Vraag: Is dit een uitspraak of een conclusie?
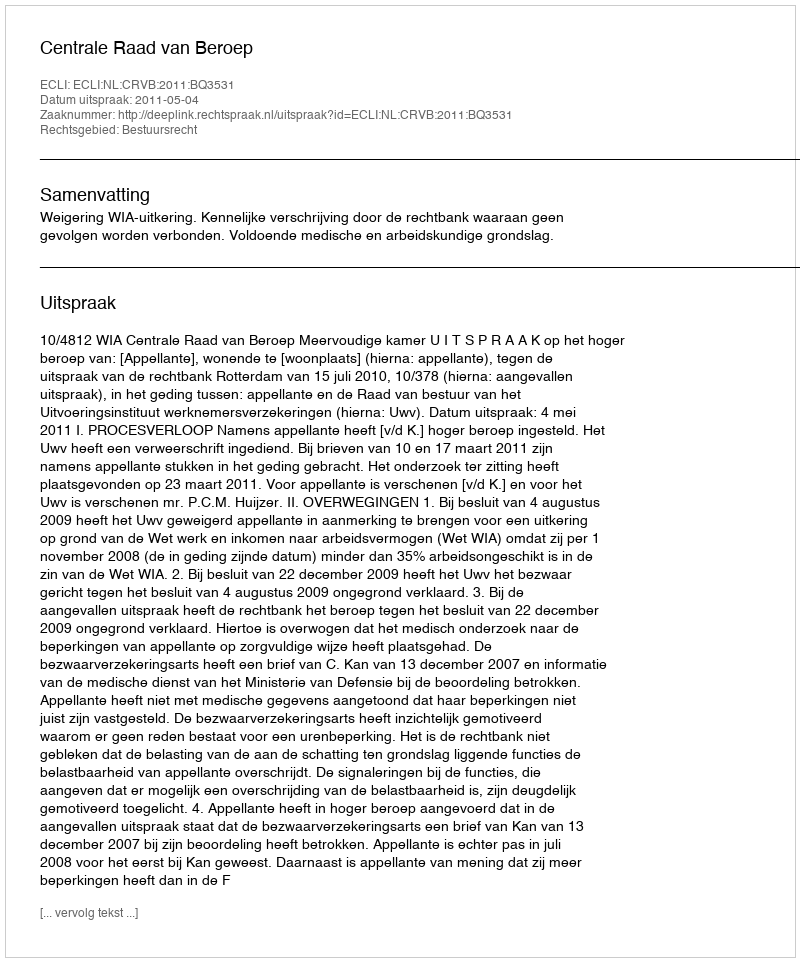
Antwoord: Uitspraak